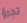
تجرؤ